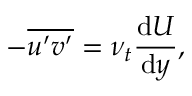
- \overline { { u ^ { \prime } v ^ { \prime } } } = \nu _ { t } \frac { \mathrm { d } U } { \mathrm { d } y } ,